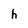
Character: h